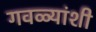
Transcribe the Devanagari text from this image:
गवळ्यांशी